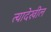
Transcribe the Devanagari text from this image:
त्यादेखील